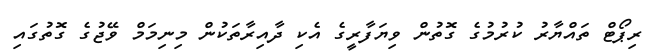
ރިޕޯޓް ތައްޔާރު ކުރުމުގެ ގޮތުން ވިޔަފާރީގެ އެކި ދާއިރާތަކުން މިނިމަމް ވޭޖުގެ ގޮތުގައި